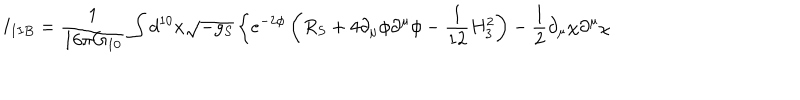
LaTeX: I _ { I I B } = { \frac { 1 } { 1 6 \pi G _ { 1 0 } } } \int d ^ { 1 0 } x \sqrt { - g _ { S } } \left\{ e ^ { - 2 \phi } \left( R _ { S } + 4 \partial _ { \mu } \phi \partial ^ { \mu } \phi - { \frac { 1 } { 1 2 } } H _ { 3 } ^ { 2 } \right) - { \frac { 1 } { 2 } } \partial _ { \mu } \chi \partial ^ { \mu } \chi \right.